Medical and sanitary report of the native army of Madras for the year
Year: 1878
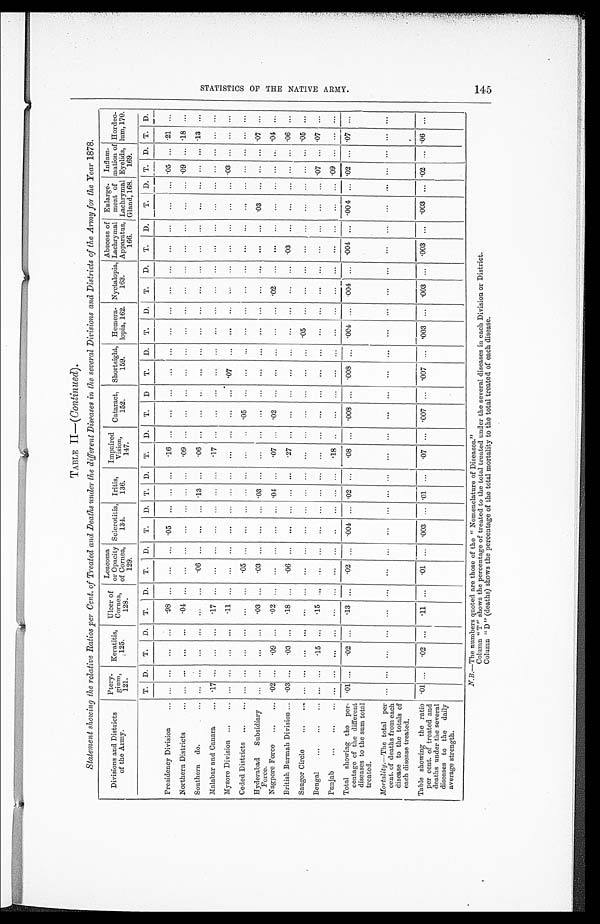
Continued).
Statement showing the relative Ratios per Cent. of Treated and Deaths under the different Diseases in the several Divisions and Districts of the Army for the Year 1878.
Divisions and Districts
of the Army.
Ptery-
gium,
1 2 1 .
Keratitis 125.
Ulcer of
Cornea
128.
Leucoma
or Opacity
of Cornea,
129.
Sclerotitis,
134.
Iritis
136.
Impaired
Vision,
1 4 7 .
Cataract,
152.
Shortsight,
159.
Hemera-
lopia, 162.
Nyctalopia,
163.
Abscess of
Lachrymal
Apparatus,
166.
Enlarge-
ment of
Lachrymal
Gland, 168.
Inflam-
mation of
Eyelids,
169.
Hordeo-
lum, 170.
T.
D.
T.
D.
T.
D.
T.
D.
T.
D.
T.
D.
T.
D.
T
D
T.
D.
T.
D.
T.
D.
T.
D.
T.
D.
T.
D.
T.
D.
Presidency Division . . .
. . .
. . .
. . .
. . .
. 9 8
. . .
. . .
. . .
.05
. . . . . .
. . .
. 1 6
. . .
. . .
. . .
. . .
. . .
. . .
. . .
. . .
. . .
. . .
. . .
. . .
. . .
. 0 5
. . .
.21
. . .
Northern Districts . . .
. . .
. . .
. . .
. . .
. 0 4
. . .
. . .
. . .
. . .
. . .
. . .
. . .
. 09
. . .
. . .
. . .
. . .
. . .
. . .
. . .
. . .
. . .
. . .
. . .
. . .
. . .
. 0 9
. . . .18
. . .
Southern do. . . .
. . .
. . .
. . .
. . .
. . .
. . .
. 0 6
. . .
. . .
. . .
. 1 3 . . .
.06
. . .
. . .
. . .
. . .
. . .
. . .
. . .
. . .
. . .
. . .
. . .
. . .
. . .
. . .
. . . .13
. . .
Malabar and Canara . . .
.17
. . .
. . .
. . .
. 1 7
. . .
. . .
. . .
. . .
. . .
. . .
. . .
. 17
. . .
. . .
. . .
. . .
. . .
. . .
. . .
. . .
. . .
. . .
. . .
. . .
. . .
. . .
. . .
. . .
. . .
Mysore Division . . .
. . .
. . .
. . .
. . .
. 1 1
. . .
. . .
. . .
. . .
. . .
. . .
. . .
. . .
. . .
. . .
. . .
. 0 7
. . .
. . .
. . .
. . .
. . .
. . .
. . .
. . .
. . .
. 0 3
. . . . . .
. . .
Ceded Districts . . .
. . .
. . .
. . .
. . .
. . . . . .
. 0 5
. . .
. . .
. . .
. . . . . .
. . .
. . .
. 0 5
. . .
. . .
. . .
. . .
. . .
. . .
. . .
. . .
. . .
. . .
. . .
. . .
. . .
. . . . . .
Hyderabad
Subsidiary
Force. . . .
. . .
. . .
. . .
. . .
. 0 3
. . .
. 0 3
. . .
. . .
. . . .03 . . .
. . .
. . .
. . .
. . .
. . .
. . .
. . .
. . .
. . .
. . .
. . .
. . .
. 0 3
. . .
. . .
. . . .07
. . .
Nagpore Force . . .
. 0 2
. . .
. 0 9
. . .
. 0 2
. . .
. . .
. . .
. . .
. . .
. 0 4 . . .
.07
. . .
. 0 2
. . .
. . .
. . .
. . .
. . .
.02
. . .
. . .
. . .
. . .
. . .
. . .
. . . .04
. . .
British Burmah Division . . .
.03
. . .
. 0 3
. . .
. 1 8
. . .
. 0 6
. . .
. . .
. . .
. . .
. . .
. 2 7
. . .
. . .
. . .
. . .
. . .
. . .
. . .
. . .
. . .
.03
. . .
. . .
. . .
. . .
. . .
.06
. . .
Saugor Circle . . .
. . .
. . .
. . .
. . .
. . . . . .
. . .
. . .
. . .
. . .
. . . . . .
. . .
. . .
. . .
. . .
. . .
. . . .05
. . .
. . .
. . .
. . .
. . .
. . .
. . .
. . .
. . . .05
. . .
Bengal . . .
. . .
. . .
. 1 5
. . .
. 1 5 . . .
. . .
. . .
. . .
. . .
. . .
. . .
. . .
. . .
. . .
. . .
. . .
. . .
. . . . . .
. . .
. . .
. . .
. . .
. . .
. . . .07
. . .
.07
. . .
Punjab . . .
. . .
. . .
. . .
. . .
. . . . . .
. . .
. . .
. . .
. . .
. . . . . .
. 1 8
. . .
. . .
. . .
. . .
. . .
. . .
. . .
. . .
. . .
. . .
. . .
. . .
. . .
. 0 9
. . . . . .
. . .
Total
showing the
per-
centage of the different
diseases to the sum total
treated.
.01
. . .
. 0 2 . . .
. 1 3
. . .
.02
. . . .004
. . .
.02
. . .
. 0 8
. . .
.008
. . .
.008
. . .
.004
. . .
.004
. . .
.004
. . .
.004
. . . .02
. . . .07 . . .
Mortality.—The total per
cent. of deaths from each
disease to the totals of
each disease treated.
. . .
. . .
. . .
. . .
. . .
. . .
. . .
. . .
. . .
. . .
. . .
. . .
. . .
. . .
. . .
. . .
. . .
. . .
. . .
. . .
. . .
. . .
. . .
. . .
. . .
. . .
. . .
. . .
. . .
. . .
Table showing the ratio
per cent. of treated and
deaths under the several
diseases to the
daily
average strength.
.01
. . .
. 0 2
. . .
. 1 1
. . .
. 0 1
. . .
.003
. . . .01
. . .
. 0 7
. . .
.007
. . .
.007
. . .
.003
. . .
.003
. . .
.003
. . .
.003
. . .
.02
. . .
.06
. . .
N. B. - T h e n u mb e r s q u o t e d a r e t h o s e o f t h e " No me n c l a t u r e o f Di s e a s e s . "
Column "T" shows the percentage of treated to the total treated under the several diseases in each Division or District.
Column "D" (deaths) shows the percentage of the total mortality to the total treated of each disease.
S T A T I S T I C S O F T H E N A T I V E A R M Y .
145